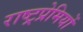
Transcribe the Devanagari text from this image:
राष्ट्रप्रेमियों